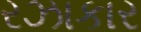
રઝાકાર